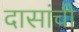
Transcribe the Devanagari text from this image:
दासांची